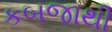
કબજાથી